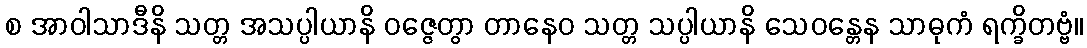
စ အာဝါသာဒီနိ သတ္တ အသပ္ပါယာနိ ဝဇ္ဇေတွာ တာနေဝ သတ္တ သပ္ပါယာနိ သေဝန္တေန သာဓုကံ ရက္ခိတဗ္ဗံ။